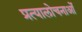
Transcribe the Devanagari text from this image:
प्रत्यालोचनाओं